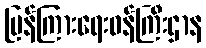
ပြန်ကြားရေးဝန်ကြီးဌာန